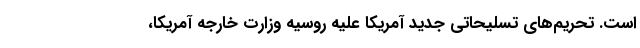
است. تحریم‌های تسلیحاتی جدید آمریکا علیه روسیه وزارت خارجه آمریکا،